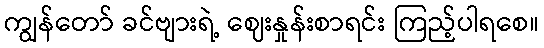
ကျွန်တော် ခင်ဗျားရဲ့ ဈေးနှုန်းစာရင်း ကြည့်ပါရစေ။